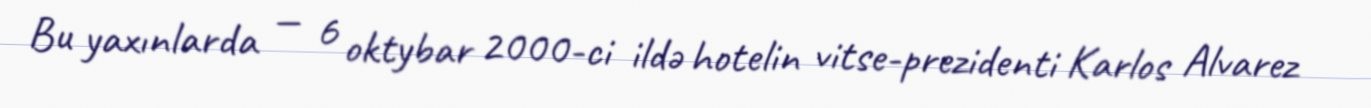
Bu yaxınlarda — 6 oktybar 2000-ci ildə hotelin vitse-prezidenti Karlos Alvarez